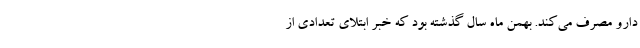
دارو مصرف می‌کند. بهمن ماه سال گذشته بود که خبر ابتلای تعدادی از